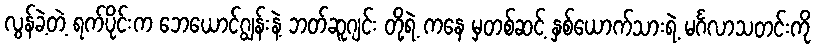
လွန်ခဲ့တဲ့ ရက်ပိုင်းက ဘေယောင်ဂျွန်းနဲ့ ဘတ်ဆူဂျင်း တို့ရဲ့ ကနေ မှတစ်ဆင့် နှစ်ယောက်သားရဲ့ မင်္ဂလာသတင်းကို